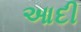
આદી